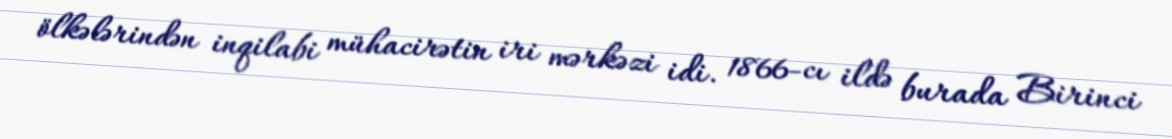
ölkələrindən inqilabi mühacirətin iri mərkəzi idi. 1866-cı ildə burada Birinci